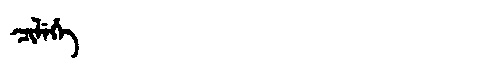
Manchu: ᠴᡳᠯᡝᡥᡝ
Romanization: CILEHE